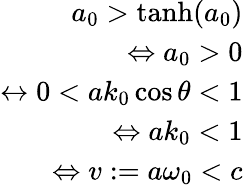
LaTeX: \begin{array}{r}{a_{0}>\mathrm{tanh}(a_{0})}\\ {\Leftrightarrow a_{0}>0}\\ {\leftrightarrow 0<ak_{0}\cos\theta<1}\\ {\Leftrightarrow ak_{0}<1}\\ {\Leftrightarrow v:=a\omega_{0}<c}\end{array}